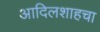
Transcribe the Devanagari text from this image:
आदिलशाहचा